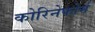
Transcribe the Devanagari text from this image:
कोरिनेफोर्म